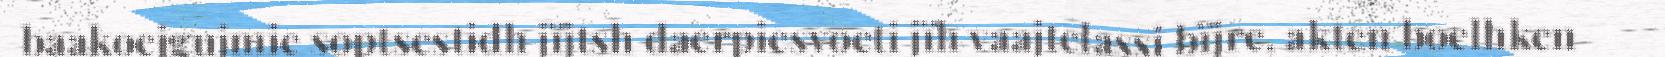
baakoejgujmie soptsestidh jïjtsh daerpiesvoeti jïh vaajtelassi bïjre, akten boelhken